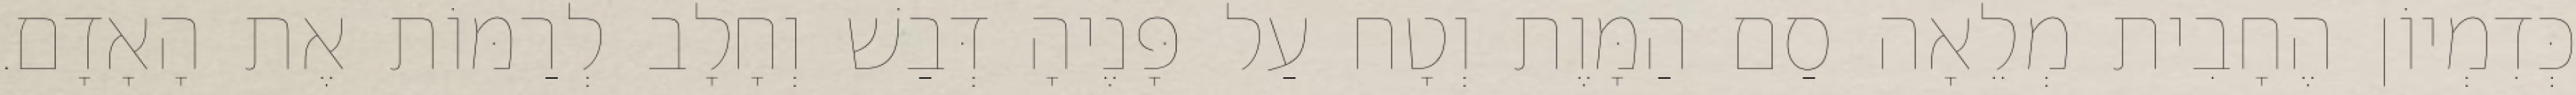
כְּדִמְיוֹן הֶחָבִית מְלֵאָה סַם הַמָּוֶת וְטָח עַל פָּנֶיהָ דְּבַשׁ וְחָלָב לְרַמּוֹת אֶת הָאָדָם.